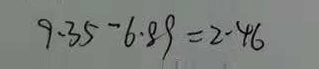
9 . 3 5 - 6 . 8 9 = 2 . 4 6